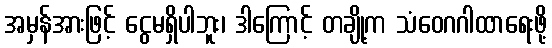
အမှန်အားဖြင့် ငွေမရှိပါဘူး၊ ဒါကြောင့် တချို့က သံဝေဂဂါထာရေးဖို့